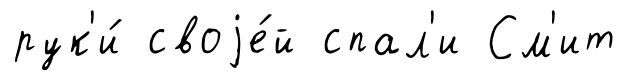
рук'и́ своjе́й спал'и См'ит